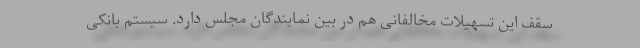
سقف این تسهیلات مخالفانی هم در بین نمایندگان مجلس دارد. سیستم بانکی